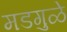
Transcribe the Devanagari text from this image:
मडगुळे